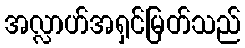
အလ္လာဟ်အရှင်မြတ်သည်